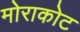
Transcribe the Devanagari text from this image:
मोराकोट